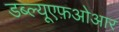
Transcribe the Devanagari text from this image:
डब्ल्यूएफ़ओआर